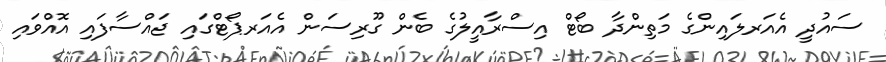
ސައުދީ އެއަރލައިންގެ މަތިންދާ ބޯޓް އިސްރާއީލުގެ ބެން ގޫރިސަން އެއަރޕޯޓްގައި ޖައްސާފައި އޮއްވައި